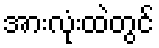
အားလုံးထဲတွင်